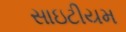
સાઇટીયમ